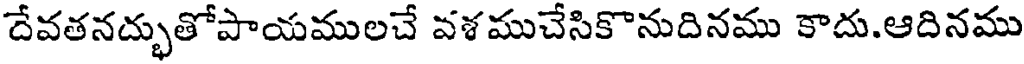
దేవతనద్భుతోపాయములచే వశముచేసికొనుదినము కాదు.ఆదినము